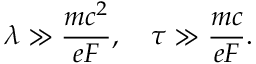
\lambda \gg \frac { m c ^ { 2 } } { e F } , \quad \tau \gg \frac { m c } { e F } .